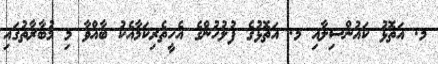
މ. އަތޮޅު ކައުންސިލާއި މ. އަތޮޅުގެ ފުލުހުންގެ އެހީތެރިކަމާއެކު ބާއްވާ މި މުބާރާތުގައި